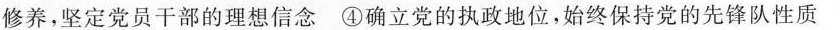
修养，坚定党员干部的理想信念④确立党的执政地位，始终保持党的先锋队性质